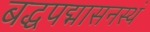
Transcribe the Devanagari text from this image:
बद्धपद्मासनस्थं